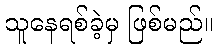
သူနေရစ်ခဲ့မှ ဖြစ်မည်။